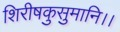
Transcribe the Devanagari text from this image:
शिरीषकुसुमानि।।